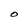
Character: O